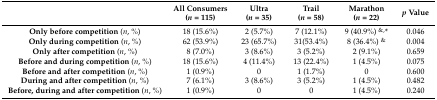
|  | All Consumers (n = 115) | Ultra (n = 35) | Trail (n = 58) | Marathon (n = 22) | p Value |
 | --- | --- | --- | --- | --- | --- |
 | Only before competition (n, %) | 18 (15.6%) | 2 (5.7%) | 7 (12.1%) | 9 (40.9%) &,* | 0.046 |
 | Only during competition (n, %) | 62 (53.9%) | 23 (65.7%) | 31(53.4%) | 8 (36.4%) & | 0.004 |
 | Only after competition (n, %) | 8 (7.0%) | 3 (8.6%) | 3 (5.2%) | 2 (9.1%) | 0.659 |
 | Before and during competition (n, %) | 18 (15.6%) | 4 (11.4%) | 13 (22.4%) | 1 (4.5%) | 0.075 |
 | Before and after competition (n, %) | 1 (0.9%) | 0 | 1 (1.7%) | 0 | 0.600 |
 | During and after competition (n, %) | 7 (6.1%) | 3 (8.6%) | 3 (5.2%) | 1 (4.5%) | 0.482 |
 | Before, during and after competition (n, %) | 1 (0.9%) | 0 | 0 | 1 (4.5%) | 0.240 |